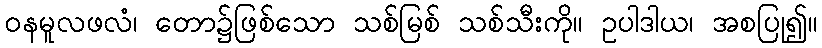
ဝနမူလဖလံ၊ တော၌ဖြစ်သော သစ်မြစ် သစ်သီးကို။ ဥပါဒါယ၊ အစပြု၍။